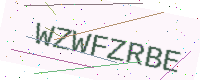
Text: WZWFZRBE